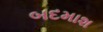
બદમાશ